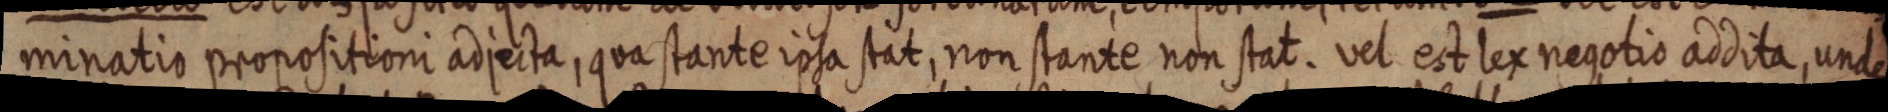
minatio propositioni adjecta, qua stante ipsa stat, non stante non stat. vel est lex negotio addita, unde